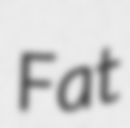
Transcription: Fat